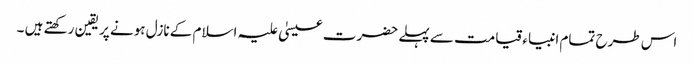
اس طرح تمام انبیاء قیامت سے پہلے حضرت عیسیٰ علیہ اسلام کے نازل ہونے پر یقین رکھتے ہیں ۔